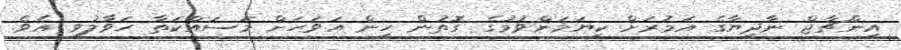
އިންޗާޖް ނާދިޔާގެ އަމުރަށް ކިޔަމަންވުމުގެ ގޮތުން ހީން އަވަހަށް މަސައްކަތާ ހަވާލުވި އެވެ.